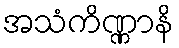
အသံကိဏ္ဏာနိ